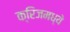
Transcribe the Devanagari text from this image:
क्रिजमध्ये